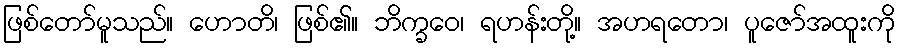
ဖြစ်တော်မူသည်။ ဟောတိ၊ ဖြစ်၏။ ဘိက္ခဝေ၊ ရဟန်းတို့။ အဟရတော၊ ပူဇော်အထူးကို